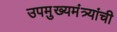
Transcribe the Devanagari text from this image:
उपमुख्यमंत्र्यांची